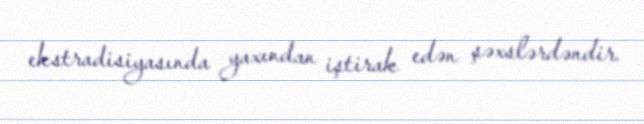
ekstradisiyasında yaxından iştirak edən şəxslərdəndir.